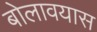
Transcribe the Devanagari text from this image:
बोलावयास